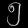
Digit: ၅